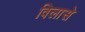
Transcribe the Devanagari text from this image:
विलासे